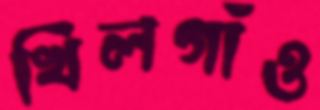
খিলগাঁও